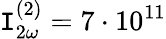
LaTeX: \mathtt{I}_{2\omega}^{(2)}=7\cdot10^{11}